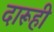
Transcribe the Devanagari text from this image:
दारूही